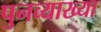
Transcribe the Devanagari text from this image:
पुनव्याख्या